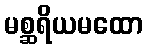
မစ္ဆရိယမထော